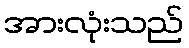
အားလုံးသည်